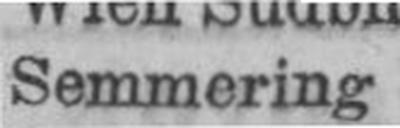
Semmering